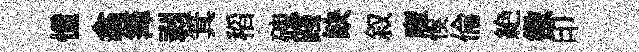
憧翕𥱼剥箕稻磈踐缺叙魔悞倫絶徵印